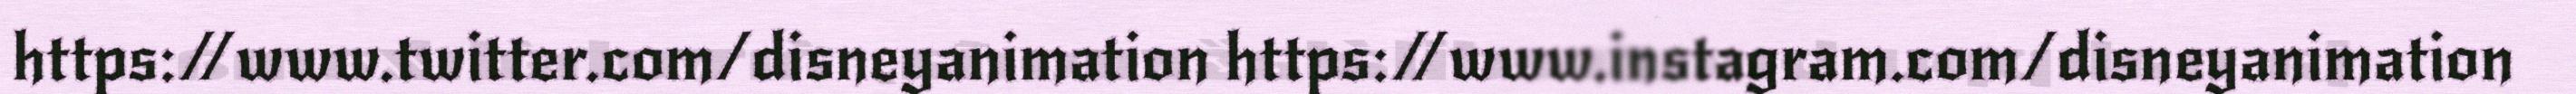
https://www.twitter.com/disneyanimation https://www.instagram.com/disneyanimation